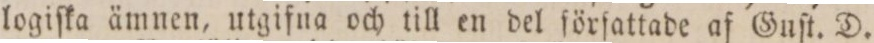
logiſka ämnen, utgifna och till en del förſattade af Guſt. D.